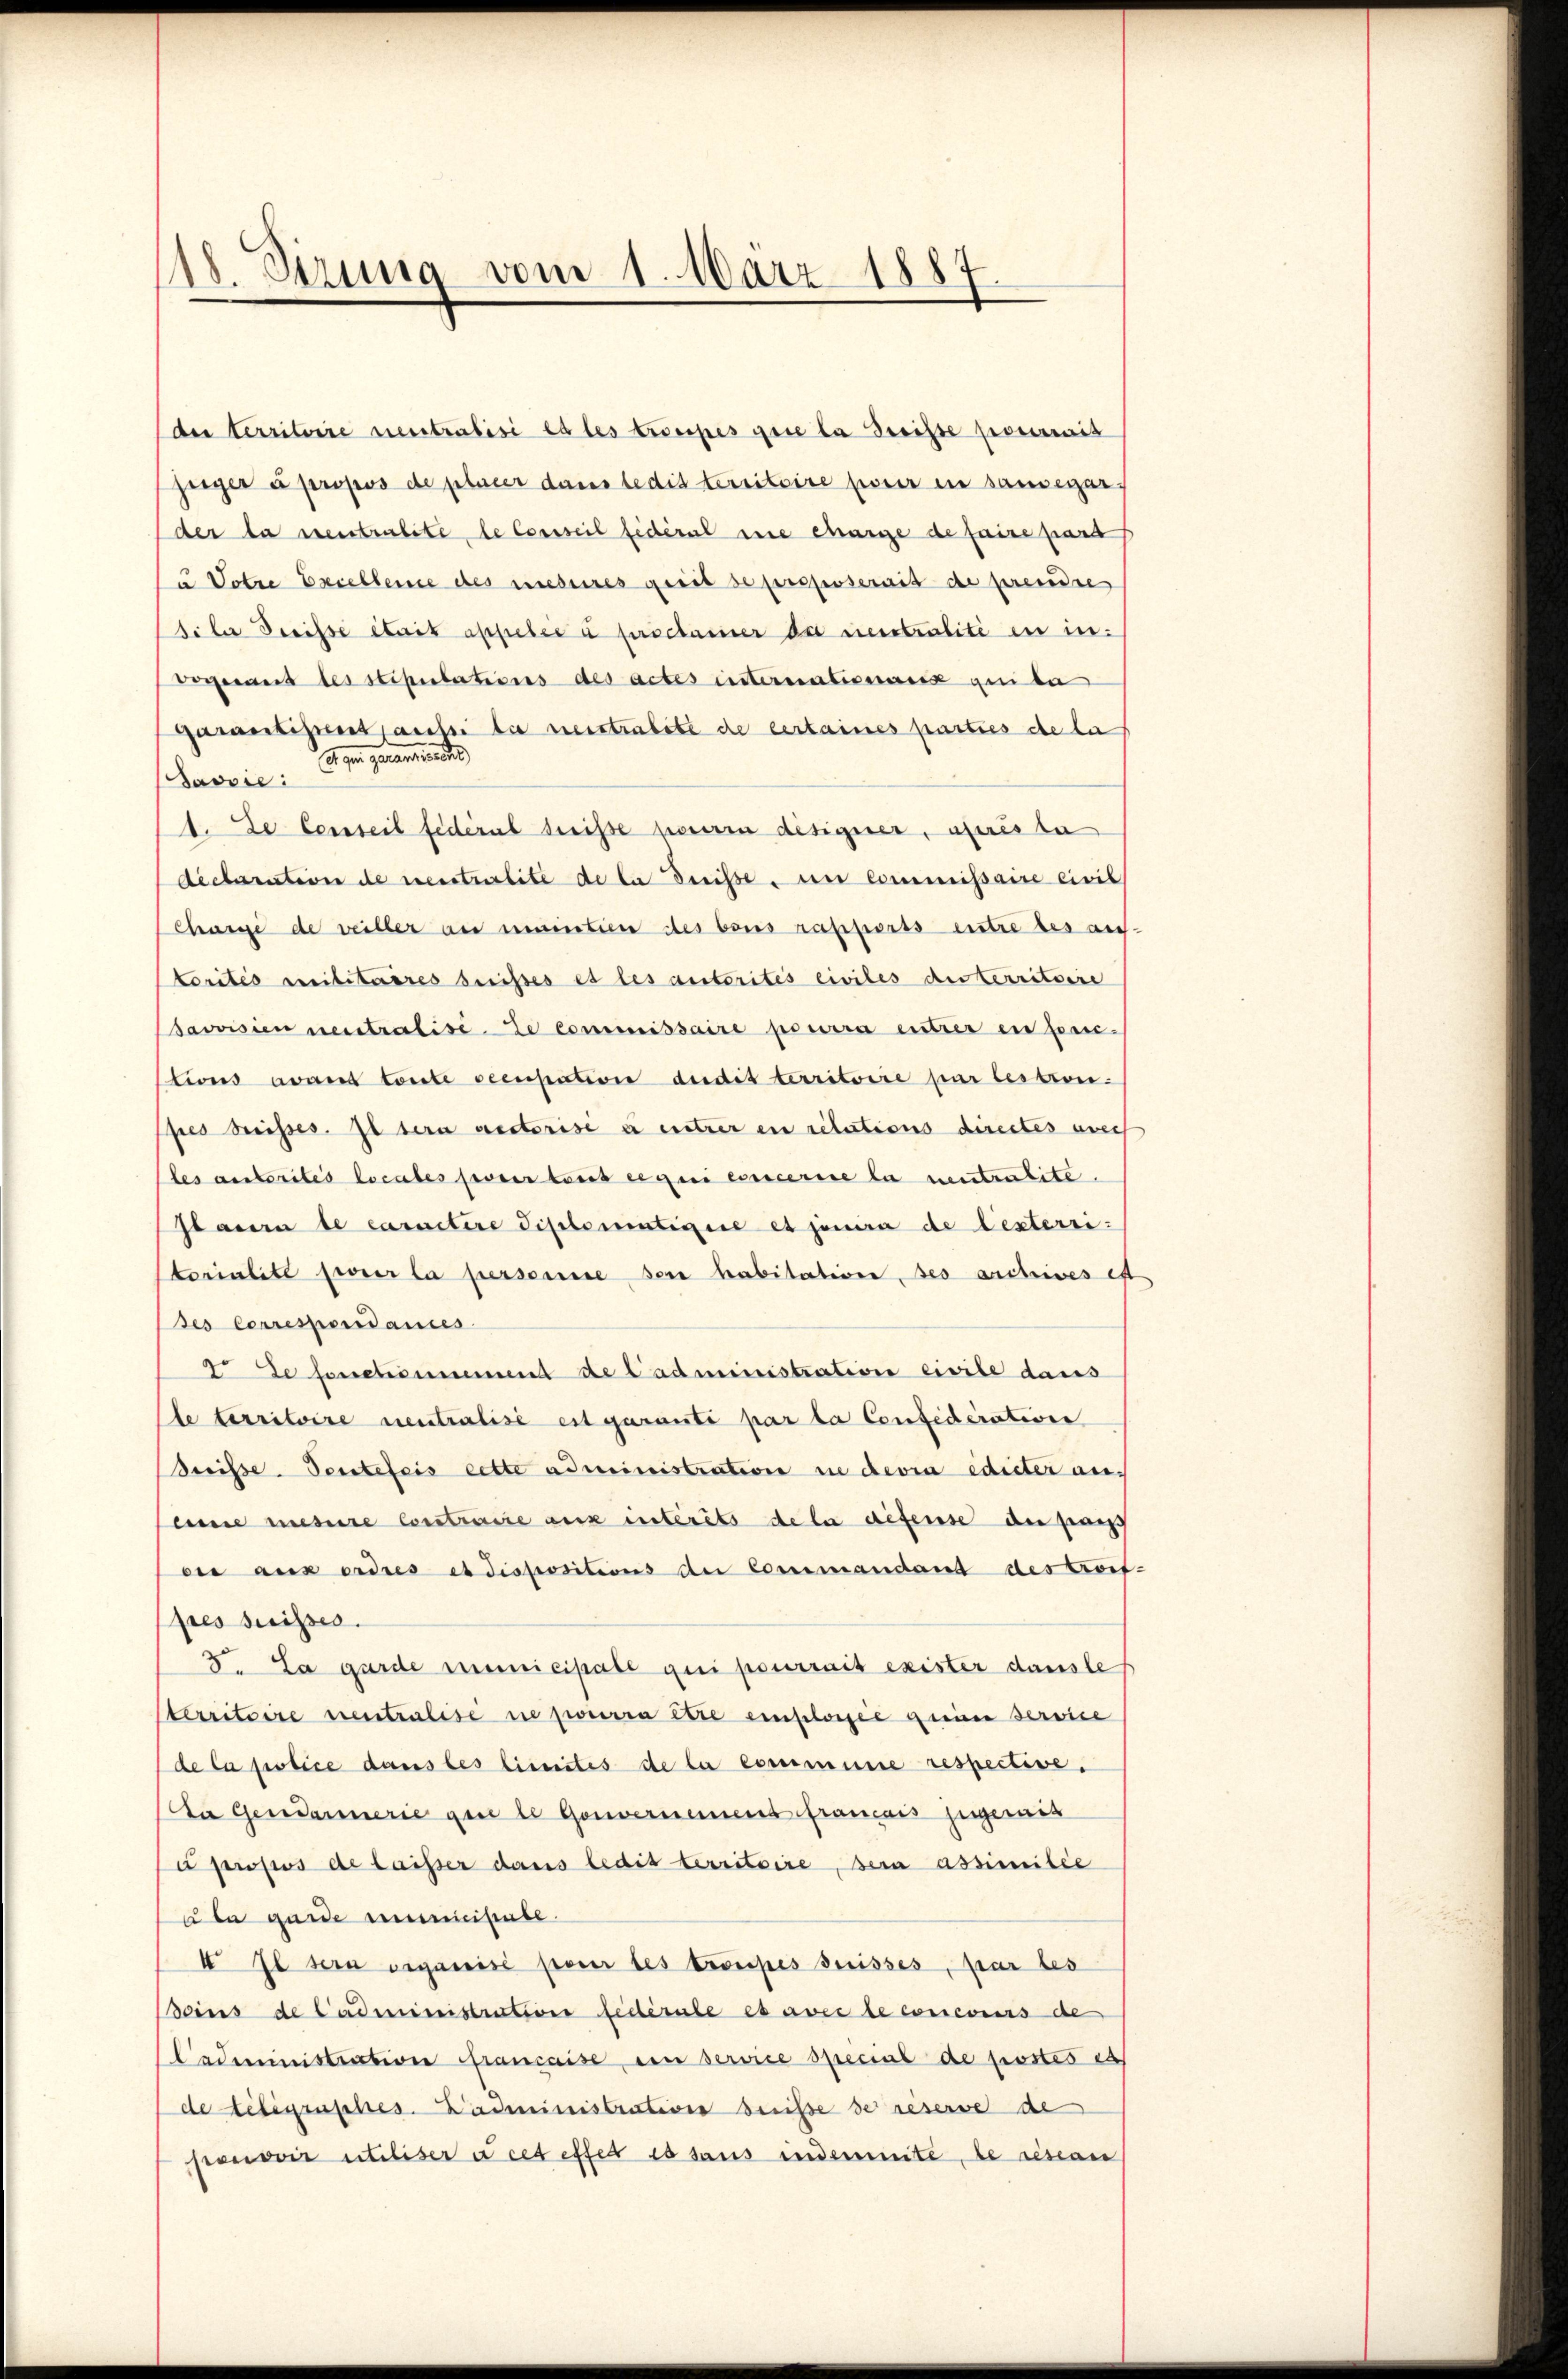
118. dirung vom 1. März 1887

der territoire neutralisi es les trousses gere la Berichte premit
zeiger à propos de placer dans ledig territoire pour in sansegar,
der da neutralite le Conseil fédéral eine charge de faire part
u Votze Excellence des mesures gerit se proposerait de preuse
tiler Dreisse était appelés à frsclamer die neutralité in in
vogenant les stipulations des actes internationsis qui da
Garantistent aussi die neutralite de certaines parties de la
A. der Gener wie des
Javvie:
1. De Conseil fédéral dreise parerin designer, aurista
declaration de meisterlite de la Dreise, in Commißaire civil
Charge de veiller an maintien des bois rapports entre des antorités militaires beisses et les autorités civiles unterritoire
Savvisien neutralisée commissaire pourra entrer en fonc-
tions avant toute occupation dudit territoire par lestion.
pies dreisses. Il sera rectorisé à cetter en relations directes avec
les autorités locales ferner tous ce qui exercerie la neutralite.
staren de caractire diplomativire et jenera de lesterri
torialite feier la personne der habitatione des archives et
ses Correspondances
2. Le fonctionement de Cadministration civile daus
(le territoire neutralisé est garanti par la Confederation
Srrisse. Penteleis cette administration in devia edicter an-
eine mesure Controrie aus intérêts de la défense der Paus
oir aus erdres et dispositions der Commandant des Korf-
pres suisses.
3. La garde municipale qui pourrait exister dausle
sterritoire neutralise ne pourra être einflosse Meine service
de la police dans les limites de la commune respective.
Da Gendamerie que le Gouvernemens francois jugereit
u propos de laisser dans ledis territoire, sein assimilie
u da guide amiciture.
4. Il sein organisi pour les troupes suisses, par les
soins de Cadministration fédérale es avec le concorers de
Cadministration francaise, ein service special de postes es
de telegraphes administration beiße de reserve de
pevoir utiliser à cet effet es sans indemnité de resian